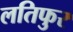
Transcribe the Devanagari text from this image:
लतिफुर